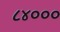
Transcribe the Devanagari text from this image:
८४०००